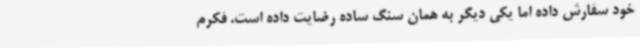
خود سفارش داده اما یکی دیگر به همان سنگ ساده رضایت داده است. فکرم